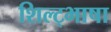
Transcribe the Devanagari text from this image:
शिल्ट्भाषा